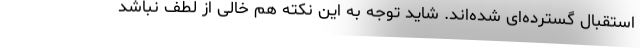
استقبال گسترده‌ای شده‌اند. شاید توجه به این نکته هم خالی از لطف نباشد